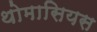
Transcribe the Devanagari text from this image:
थोमासियस